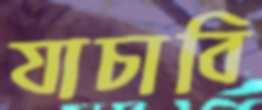
যাচাবি